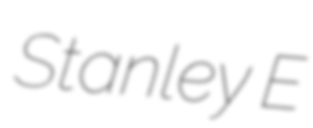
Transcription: Stanley E